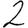
Digit: 2